Annual administration report of the Civil Veterinary Department of India - 1896-1897
Year: 1896
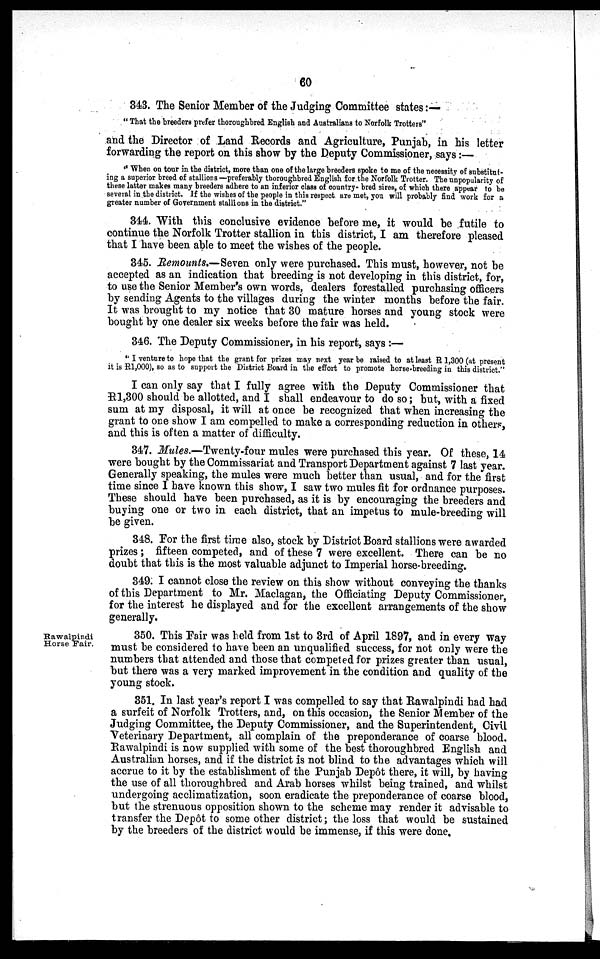
60
343. The Senior Member of the Judging Committee states:—
"That the breeders prefer thoroughbred English and Australians to Norfolk Trotters"
and the Director of Land Records and Agriculture, Punjab, in his letter
forwarding the report on this show by the Deputy Commissioner, says:—
"When on tour in the district, more than one of the large breeders spoke to me of the necessity of substitut-
ing a superior breed of stallions—preferably thoroughbred English for the Norfolk Trotter. The unpopularity of
these latter makes many breeders adhere to an inferior class of country- bred sires, of which there appear to be
several in the district. If the wishes of the people in this respect are met, you will probably find work for a
greater number of Government stallions in the district."
344. With this conclusive evidence before me, it would be futile to
continue the Norfolk Trotter stallion in this district, I am therefore pleased
that I have been able to meet the wishes of the people.
345. Remounts.—Seven only were purchased. This must, however, not be
accepted as an indication that breeding is not developing in this district, for,
to use the Senior Member's own words, dealers forestalled purchasing officers
by sending Agents to the villages during the winter months before the fair.
It was brought to my notice that 30 mature horses and young stock were
bought by one dealer six weeks before the fair was held.
346. The Deputy Commissioner, in his report, says:—
"I venture to hope that the grant for prizes may next year be raised to at least R1,300 (at present
it is R1,000), so as to support the District Board in the effort to promote horse-breeding in this district."
I can only say that I fully agree with the Deputy Commissioner that
R1,300 should be allotted, and I shall endeavour to do so; but, with a fixed
sum at my disposal, it will at once be recognized that when increasing the
grant to one show I am compelled to make a corresponding reduction in others,
and this is often a matter of difficulty.
347. Mules.—Twenty-four mules were purchased this year. Of these, 14
were bought by the Commissariat and Transport Department against 7 last year.
Generally speaking, the mules were much better than usual, and for the first
time since I have known this show, I saw two mules fit for ordnance purposes.
These should have been purchased, as it is by encouraging the breeders and
buying one or two in each district, that an impetus to mule-breeding will
be given.
348. For the first time also, stock by District Board stallions were awarded
prizes; fifteen competed, and of these 7 were excellent. There can be no
doubt that this is the most valuable adjunct to Imperial horse-breeding.
349. I cannot close the review on this show without conveying the thanks
of this Department to Mr. Maclagan, the Officiating Deputy Commissioner,
for the interest he displayed and for the excellent arrangements of the show
generally.
Rawalpindi
Horse Fair.
350. This Fair was held from 1st to 3rd of April 1897, and in every way
must be considered to have been an unqualified success, for not only were the
numbers that attended and those that competed for prizes greater than usual,
but there was a very marked improvement in the condition and quality of the
young stock.
351. In last year's report I was compelled to say that Rawalpindi had had
a surfeit of Norfolk Trotters, and, on this occasion, the Senior Member of the
Judging Committee, the Deputy Commissioner, and the Superintendent, Civil
Veterinary Department, all complain of the preponderance of coarse blood.
Rawalpindi is now supplied with some of the best thoroughbred English and
Australian horses, and if the district is not blind to the advantages which will
accrue to it by the establishment of the Punjab Depôt there, it will, by having
the use of all thoroughbred and Arab horses whilst being trained, and whilst
undergoing acclimatization, soon eradicate the preponderance of coarse blood,
but the strenuous opposition shown to the scheme may render it advisable to
transfer the Depôt to some other district; the loss that would be sustained
by the breeders of the district would be immense, if this were done.